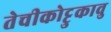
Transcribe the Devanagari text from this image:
तेचीकोट्टुकावु